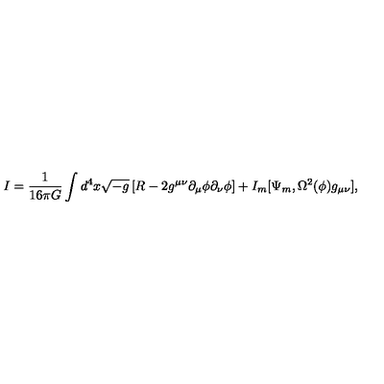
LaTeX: { I } = \frac { 1 } { 1 6 \pi G } \int d ^ { 4 } x \sqrt { - g } \left[ R - 2 g ^ { \mu \nu } \partial _ { \mu } \phi \partial _ { \nu } \phi \right] + I _ { m } [ \Psi _ { m } , \Omega ^ { 2 } ( \phi ) g _ { \mu \nu } ] ,